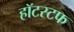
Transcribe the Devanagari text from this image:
हॉटस्टफ